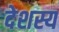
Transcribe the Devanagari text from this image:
देशस्य